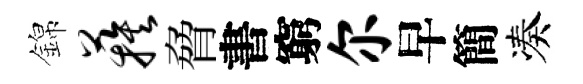
錦蔟脅書窮尔早簡凑